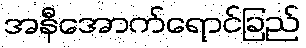
အနီအောက်ရောင်ခြည်